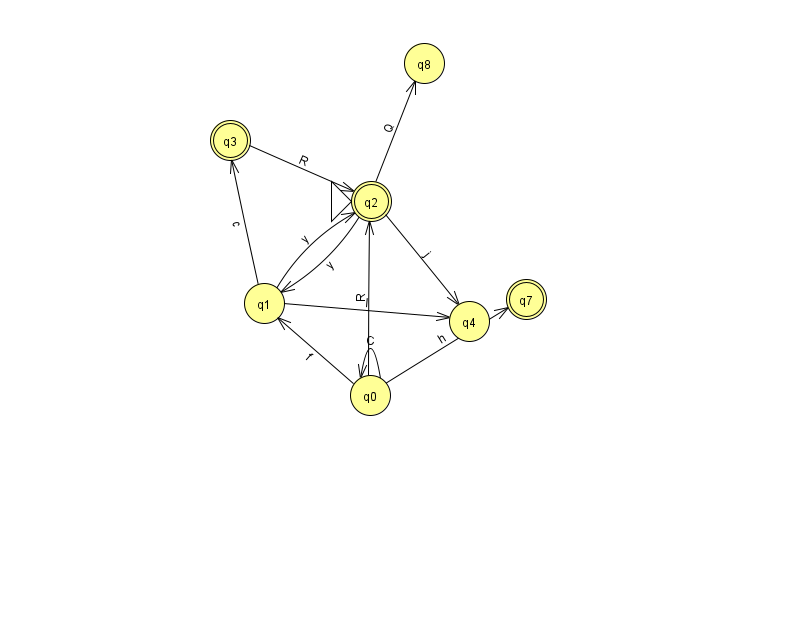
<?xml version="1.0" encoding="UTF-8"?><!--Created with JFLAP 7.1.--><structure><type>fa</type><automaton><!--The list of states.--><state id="0" name="q0"><x>370.0</x><y>382.0</y></state><state id="1" name="q1"><x>264.0</x><y>290.0</y></state><state id="2" name="q2"><x>371.0</x><y>188.0</y><initial/><final/></state><state id="3" name="q3"><x>230.0</x><y>127.0</y><final/></state><state id="4" name="q4"><x>469.0</x><y>308.0</y></state><state id="7" name="q7"><x>526.0</x><y>286.0</y><final/></state><state id="8" name="q8"><x>424.0</x><y>50.0</y></state><!--The list of transitions.--><transition><from>1</from><to>2</to><read>y</read></transition><transition><from>2</from><to>1</to><read>y</read></transition><transition><from>0</from><to>0</to><read>C</read></transition><transition><from>0</from><to>7</to><read>h</read></transition><transition><from>1</from><to>3</to><read>c</read></transition><transition><from>2</from><to>8</to><read>Q</read></transition><transition><from>0</from><to>1</to><read>f</read></transition><transition><from>1</from><to>4</to><read>l</read></transition><transition><from>2</from><to>4</to><read>j</read></transition><transition><from>0</from><to>2</to><read>R</read></transition><transition><from>3</from><to>2</to><read>R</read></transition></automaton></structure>